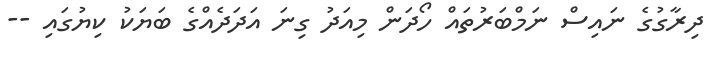
ދިރާގުގެ ނައިސް ނަމްބަރުތައް ހޯދަން މިއަދު ގިނަ އަދަދެއްގެ ބަޔަކު ކިޔުގައި --